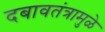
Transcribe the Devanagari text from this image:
दबावतंत्रामुळे